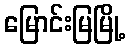
မြောင်းမြမြို့